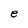
Character: e